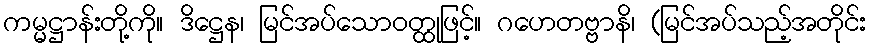
ကမ္မဋ္ဌာန်းတို့ကို။ ဒိဋ္ဌေန၊ မြင်အပ်သောဝတ္ထုဖြင့်။ ဂဟေတဗ္ဗာနိ၊ (မြင်အပ်သည့်အတိုင်း